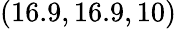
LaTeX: (16.9,16.9,10)